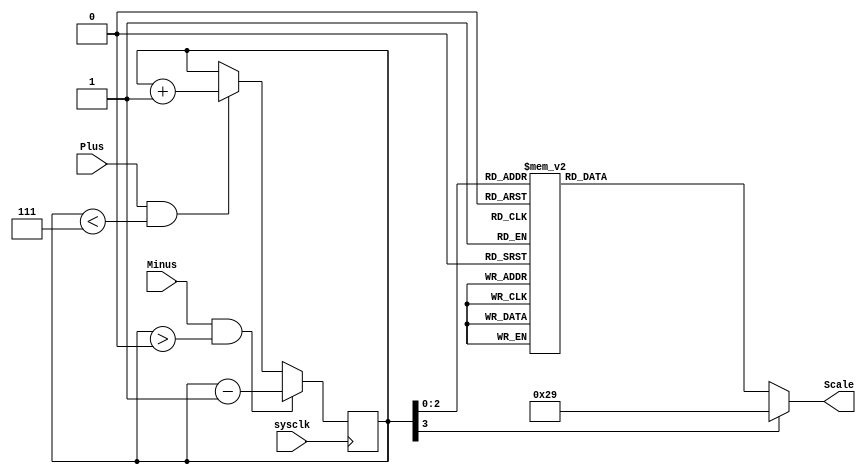
module Frequency_Adj(input wire sysclk,
input wire Plus,
input wire Minus,
output reg [5:0] Scale);

reg [3:0] Address = 0;

always @(posedge sysclk) begin
	if (Plus & (Address<4'd7))
		Address <= Address + 1'b1;
	if (Minus & (Address>4'd0))
	Address <= Address - 1'b1;
end
always @ (*)  begin 
	case (Address)
	4'd0: Scale = 6'd41;// f = 300 HZ
	4'd1: Scale = 6'd31;// f = 400 HZ
	4'd2: Scale = 6'd24;// f = 500 HZ
	4'd3: Scale = 6'd20;// f = 600 HZ
	4'd4: Scale = 6'd17;// f = 700 HZ
	4'd5: Scale = 6'd15;// f = 800 HZ
	4'd6: Scale = 6'd14;// f = 900 HZ
	4'd7: Scale = 6'd12;// f = 1000 HZ
	default: Scale = 6'd41;// the code won't execute this statement
	endcase
end
endmodule